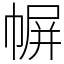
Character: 幈